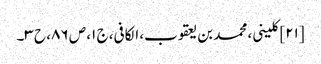
[۲۱] کلینی، محمد بن یعقوب، الکافی، ج ۱، ص ۸۶، ح ۳۔